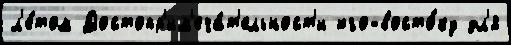
л'е́том Достопр'им'еча́т'ельност'и юго-восто́ку дл'я